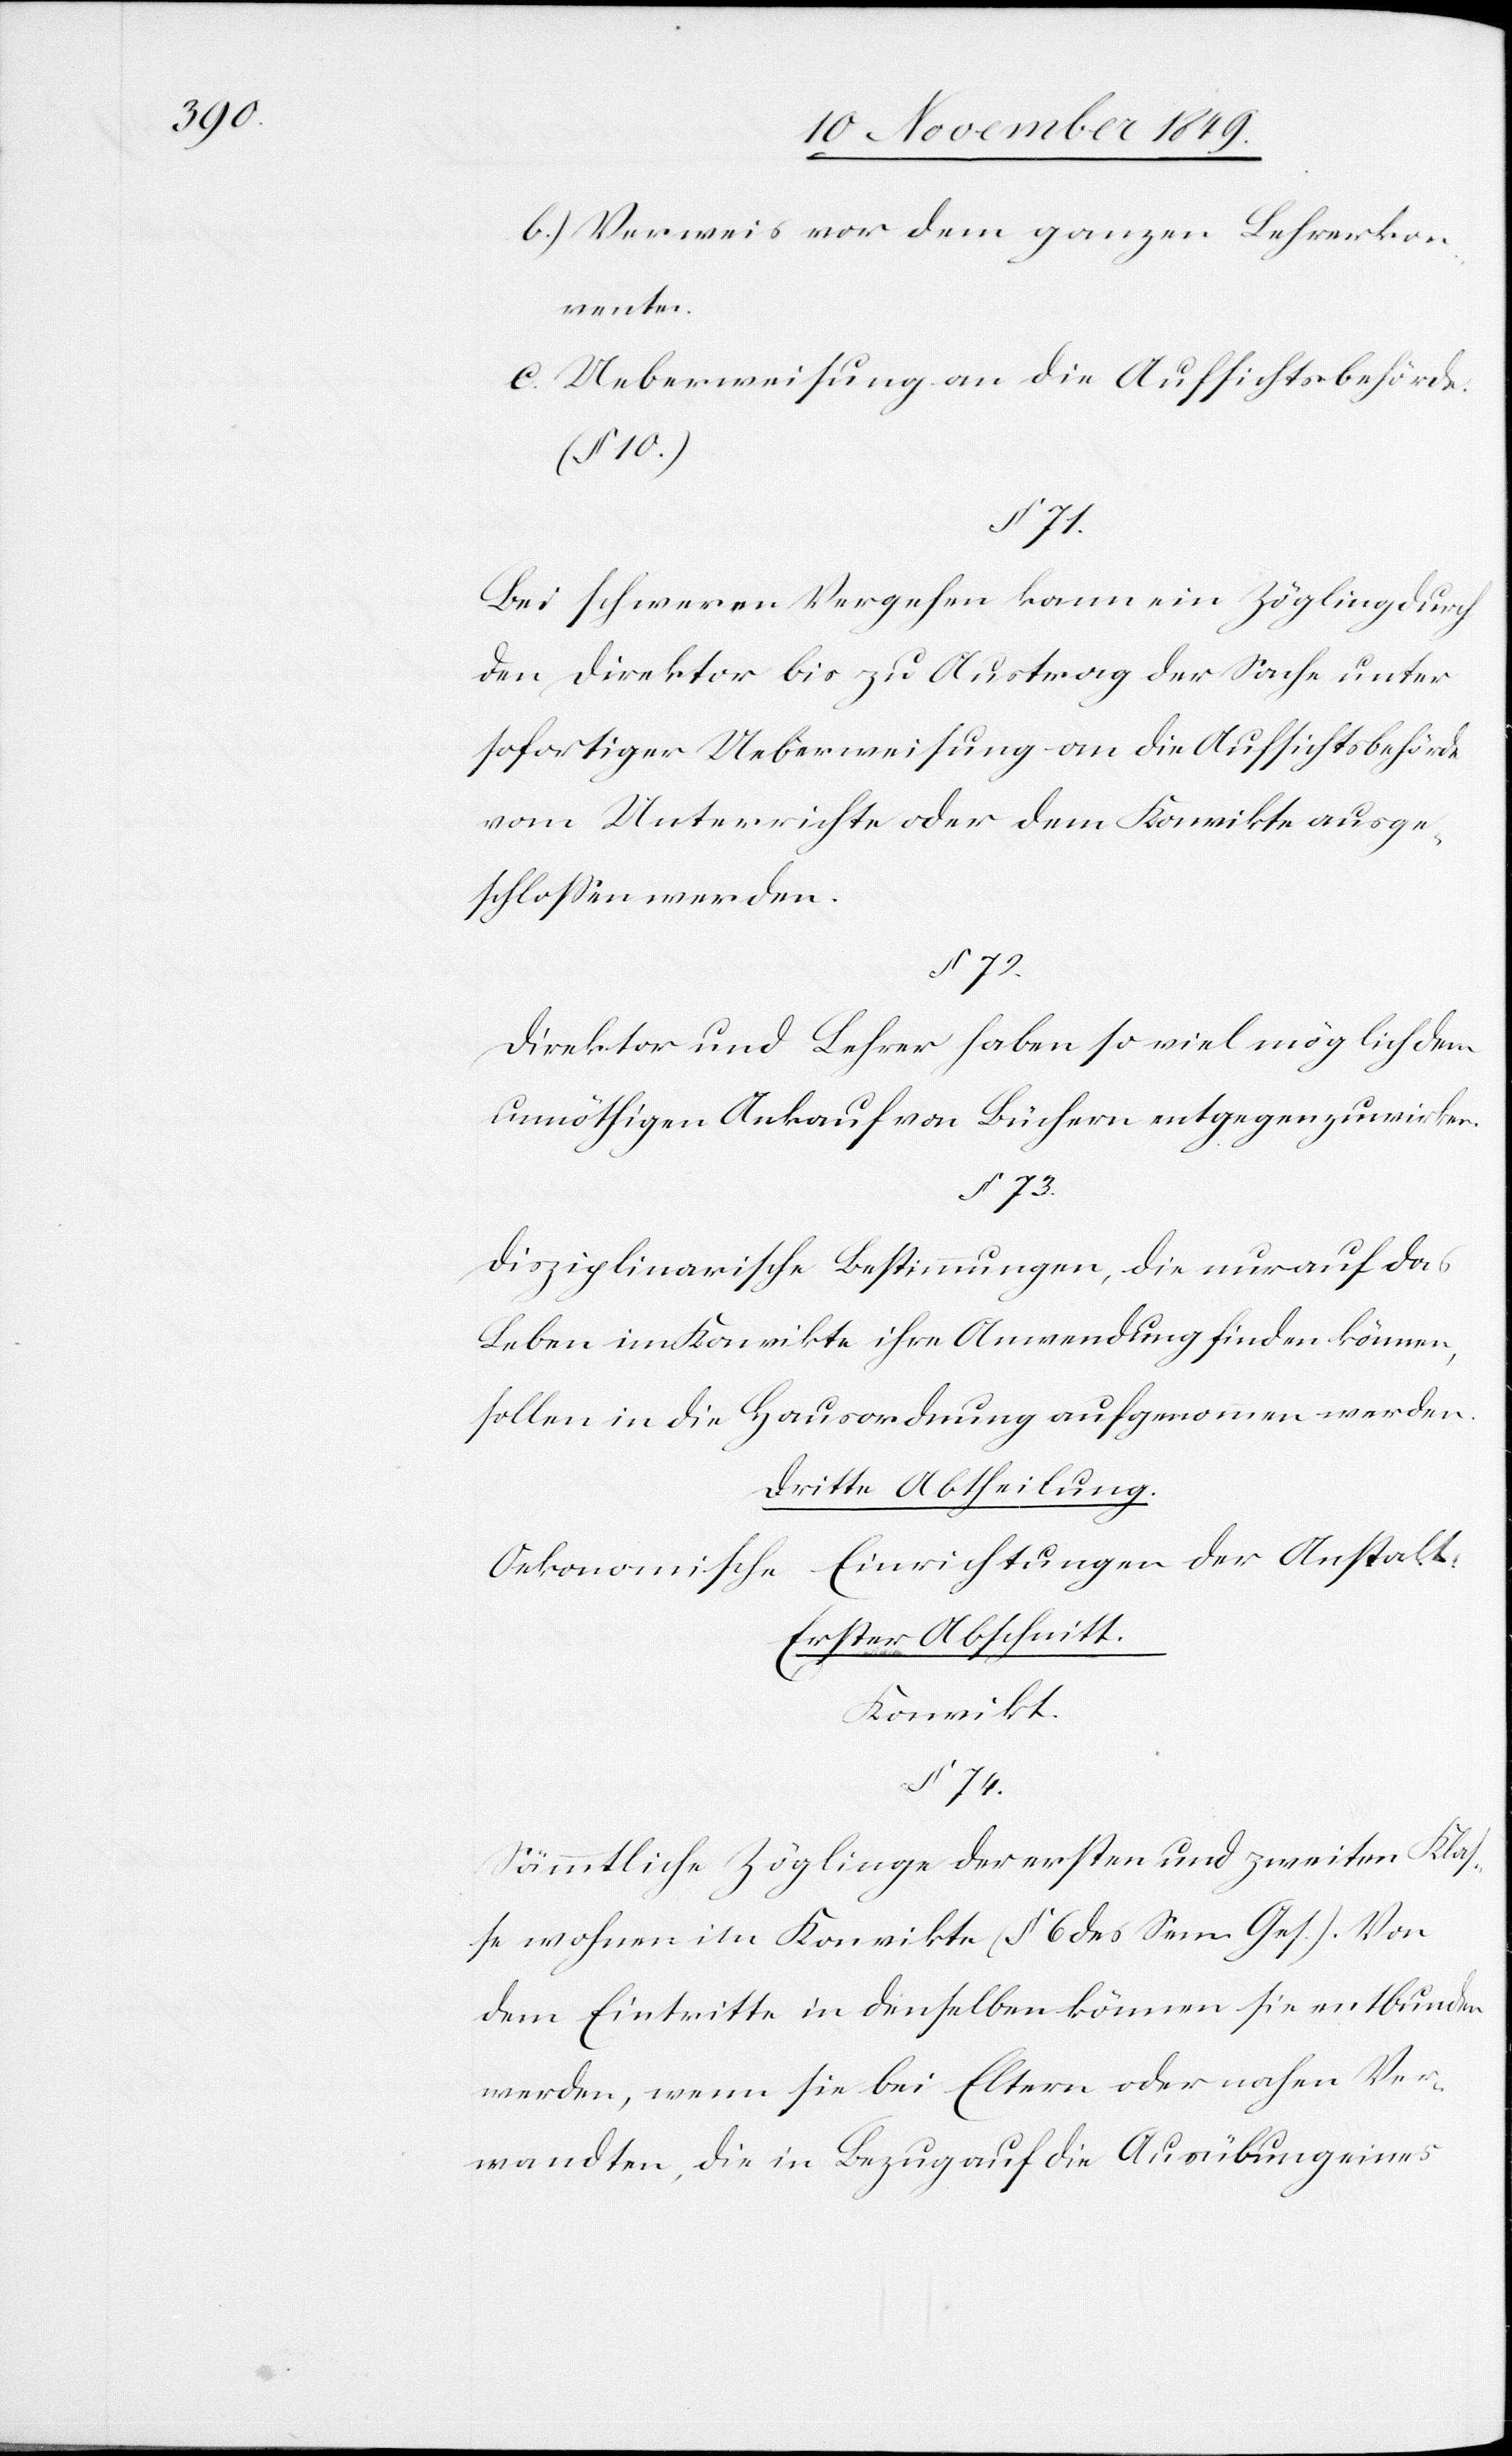
b) Verweis vor dem ganzen Lehrerkon¬
vente.
c. Ueberweisung an die Aufsichtsbehörde.
(§ 10.)
§ 71.
Bei schweren Vergehen kann ein Zögling durch
den Direktor bis zu Austrag der Sache unter
sofortiger Ueberweisung an die Aufsichtsbehörde
vom Unterrichte oder dem Konvikte ausge¬
schloßen werden.
Direktor und Lehrer haben so viel möglich dem
unnöthigen Ankauf von Büchern entgegenzuwirken.
§ 73.
Disziplinarische Bestimmungen, die nur auf das
Leben im Konvikte ihre Anwendung finden können,
sollen in die Hausordnung aufgenommen werden.
Dritte Abtheilung.
Einrichtungen der Anstalt.
Oekonomische
Erster Abschnitt.
Konvikt.
§ 74.
Sämmtliche Zöglinge der ersten und zweiten Klas¬
se wohnen im Konvikte (§ 6 des Sem. Ges.). Von
dem Eintritte in denselben können sie entbunden
werden, wenn sie bei Eltern oder nahen Ver¬
wandten, die in Bezug auf die Ausübung eines